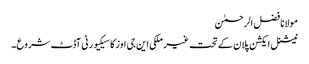
مولانا فضل الرحمٰن
نیشنل ایکشن پلان کے تحت غیر ملکی این جی اوز کا سیکیورٹی آڈٹ شروع۔